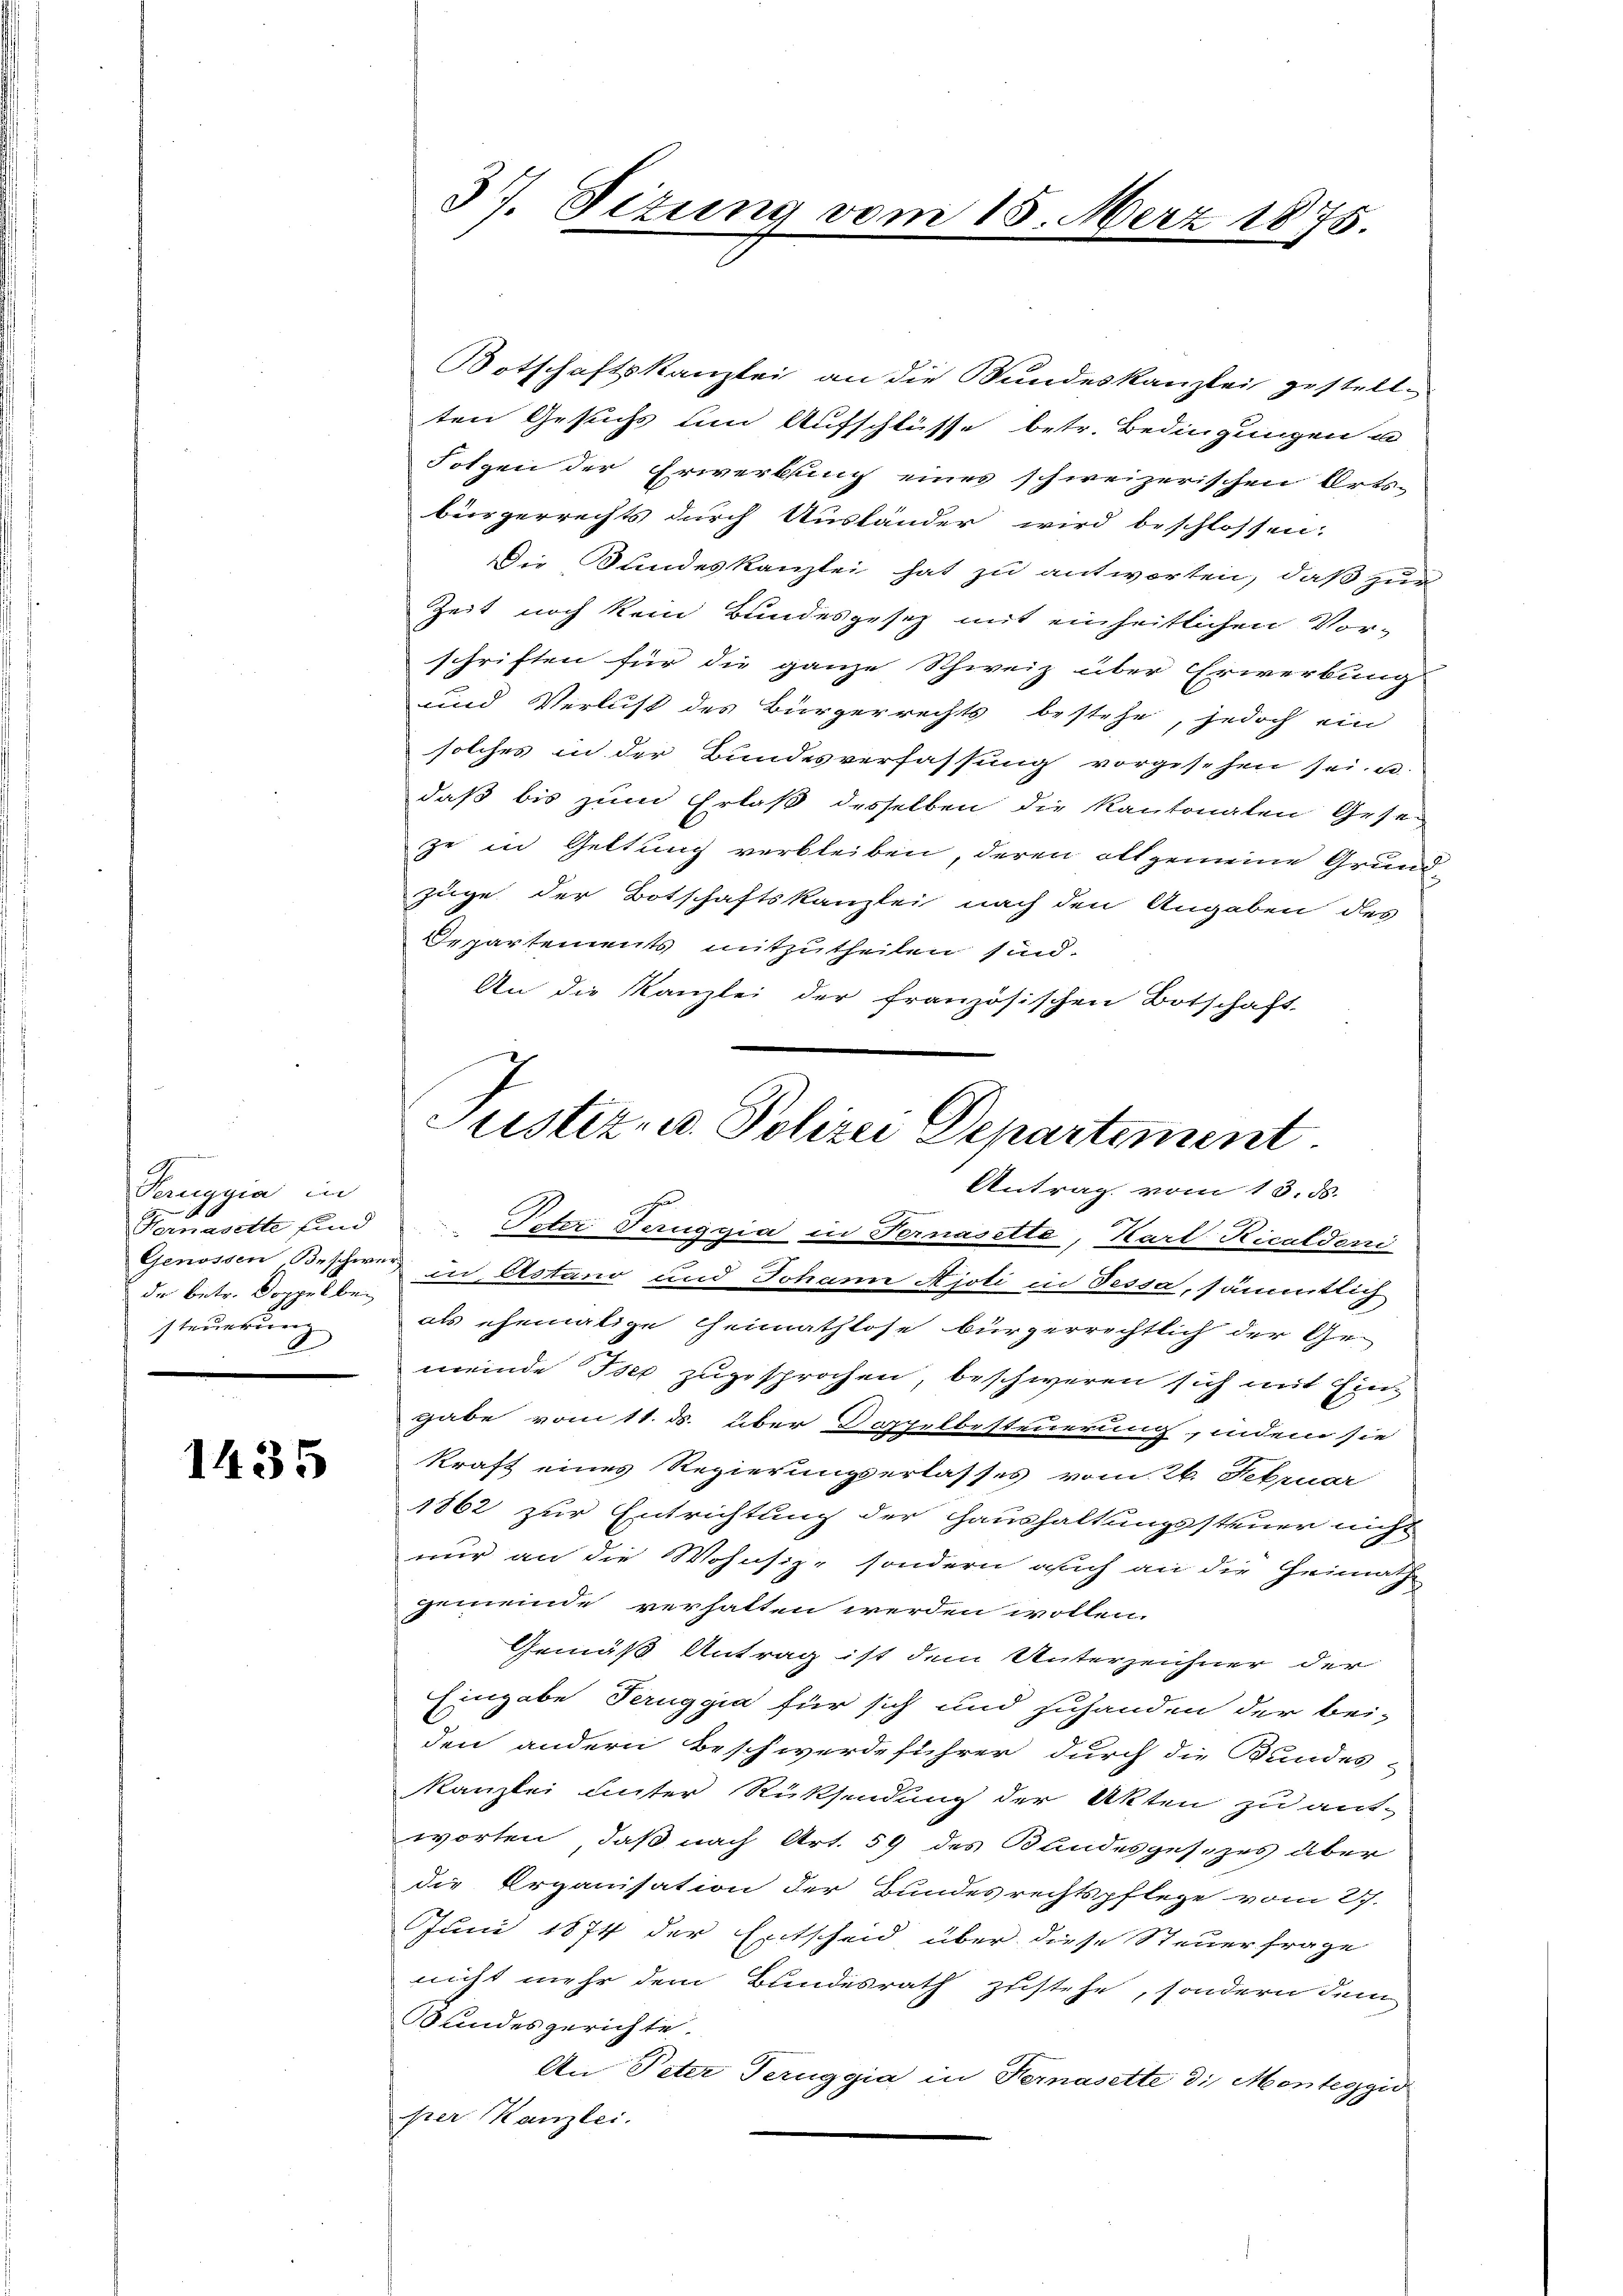
Tauggia in
de betr. Doppel bei
steuerung

1435

otschaftskanzlei an die Bundeskanzlei gestellten Gesuchs und Aufschlüsse betr. Bedingungen u
Folgen der Erwerbung eines schweizerischen Orts-
bürgerrechts durch Ausländer wird beschlossen:
Die Bundeskanzlei hat zu antworten, daß zur
Zeit noch kein Bundesgesez mit einheitlichen Vor-
schriften für die ganze Schweiz über Erwerbung
und Verlust des Bürgerrechts bestehe, jedoch ein
solches in der Bundesverfassung vorgesehen sei. u.
daß bis zum Erlaß desselben die Kantonalen Geseze in Geltung verbleiben, deren allgemeine Grundzüge der Botschaftskanzlei nach den Angaben des
Departements mitzutheilen sind.
An die Kanzlei der französischen Botschaft
Justiz- u. Polizei Departement.

Fornasette sind " " Peter Teruggia in Fernasette, Karl Ricaldoni
Genossen Beschwer in Astano und Johann Ajoti in Tessa, sämmtlich
als ehemalige Heimathlose bürgerrechtlich der Ge-
meinde Iser zugesprochen, beschweren sich mit Einz
gabe vom 11. ds. über Doppelbesteuerung, indem sie
kraft eines Regierungserlasses vom 26. Februar
1862 zur Entrichtung der Haushaltungssteuer nicht
nur an die Wohnsize sondern auch an die Heimath
gemeinde verhalten werden wollen.
Gemäß Antrag ist dem Unterzeichner der
Eingabe Peruggia für sich und zuhanden der bei-
den andern beschwerdeführer durch die Bundes-
Kanzlei unter Rücksendung der Akten zu ant-
worten, daß nach Art. 59 des Bandesgesezes aber
die Organisation der Bundesrechtspflege vom 27.
Juni 1874 der Entscheid über diese Steuerfrage
nicht mehr dem Bundesrath zustehe, sondern dem
Bundesgerichte.
An Peter Teruggia in Fernasette die Menteggid
per Kanzlei.

37. Sizung v.

18. Merz 1875.

Antrag vom 13. ds.